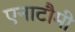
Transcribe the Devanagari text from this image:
एनाटौमी